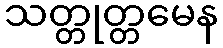
သတ္တုတ္တမေန